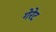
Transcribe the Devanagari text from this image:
गेरेट